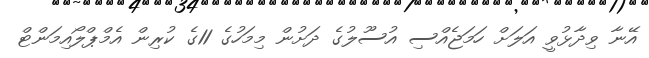
އޭނާ ވިދާޅުވީ އަލަށް ހަމަޖެއްސި އުސޫލުގެ ދަށުން މިމަހުގެ 11ގެ ކުރިން އެމްޕްލޯއިމަންޓް